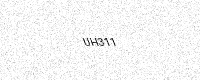
Text: UH311